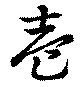
壹